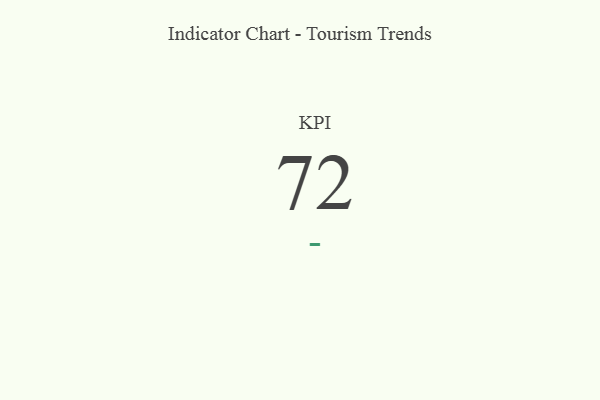
{"axis": {"x": "KPI", "y": "Value"}, "legend": [""], "data": [{"x": "KPI", "y": 72, "type": ""}]}